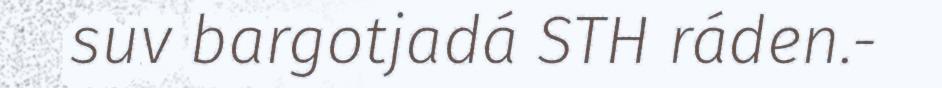
suv bargotjadá STH ráden.-